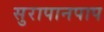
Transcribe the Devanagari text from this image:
सुरापानपाप